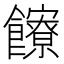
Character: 𩟩